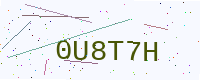
Text: 0U8T7H